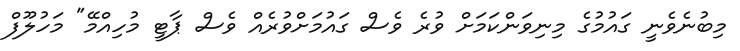
މިބުނެވެނީ ގައުމުގެ މިނިވަންކަމަށް ވުރެ ވެސް ގައުމަށްވުރެއް ވެސް ޕާޓީ މުހިއްމޭ" މަހުލޫފް